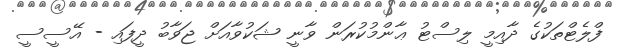
ފްލެޓްތަކުގެ ދާއިމީ ލިސްޓު ޢާންމުކުރަން ވާނީ ޝަކުވާއަށް ޖަވާބު ދީފައި - އޭސީސީ